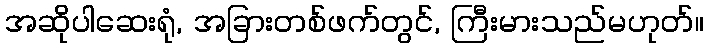
အဆိုပါဆေးရုံ, အခြားတစ်ဖက်တွင်, ကြီးမားသည်မဟုတ်။